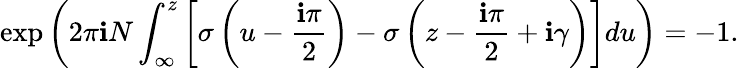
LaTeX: \exp\left(2\pi\mathbf{i}N\int_{\infty}^{z}\left[\sigma\left(u-\frac{{\mathbf{i}\pi}}{{2}}\right)-\sigma\left(z-\frac{{\mathbf{i}\pi}}{{2}}+\mathbf{i}\gamma\right)\right]du\right)=-1.